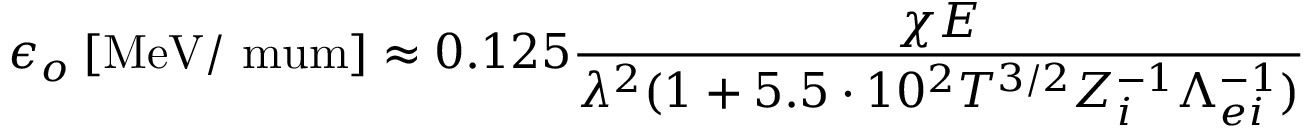
\epsilon _ { o } \: [ \mathrm { M e V / \ m u m } ] \approx 0 . 1 2 5 \frac { \chi E } { \lambda ^ { 2 } ( 1 + 5 . 5 \cdot 1 0 ^ { 2 } T ^ { 3 / 2 } Z _ { i } ^ { - 1 } \Lambda _ { e i } ^ { - 1 } ) }